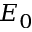
E _ { 0 }